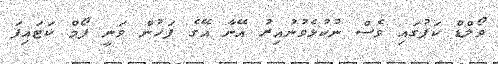
ވޯލްޑް ކަޕުގައި ވެސް ނުކުޅެވުނުއިރު އޭނާ އޭގެ ފަހުން ވަނީ ފޯމް ކަޓައިފަ